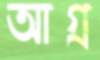
আগ্র